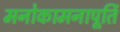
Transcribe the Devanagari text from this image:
मनोकामनापूर्ति